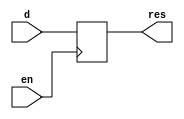
module dflipflop(
    input d,
    input en,
    output res
);

/*
wire s_out, r_out, q, q_bar;

assign s_out = ~(d & en);
assign r_out = ~(~d & en);
assign q_bar = ~(q & r_out);
assign q = ~(q_bar & s_out);

assign res = q;
*/

reg resreg;

always @(posedge en) begin    
    if(en)
        resreg <= d;
end

assign res = resreg;

endmodule